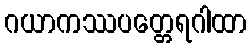
ဂယာကဿပတ္တေရဂါထာ